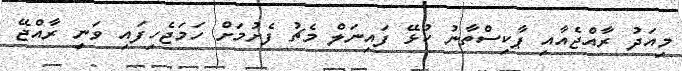
މިއަދު ރާއްޖެއާއި ޕާކިސްތާނު ކުޅޭ ފައިނަލް މެޗު ފެށުމަށް ހަމަޖެހިފައި ވަނީ ރާއްޖޭ